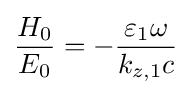
{\frac {H_{0}}{E_{0}}}=-{\frac {\varepsilon _{1}\omega }{k_{z,1}c}}